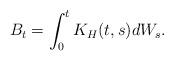
LaTeX: \begin{align*} B_t = \int_0^t K_H(t,s) dW_s.\end{align*}